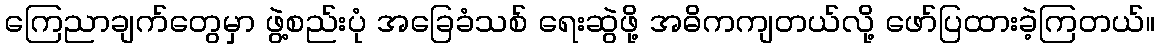
ကြေညာချက်တွေမှာ ဖွဲ့စည်းပုံ အခြေခံသစ် ရေးဆွဲဖို့ အဓိကကျတယ်လို့ ဖော်ပြထားခဲ့ကြတယ်။